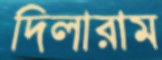
দিলারাম